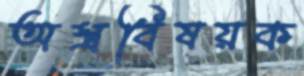
অস্ত্রবিষয়ক